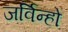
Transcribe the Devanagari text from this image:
जर्विन्हो